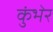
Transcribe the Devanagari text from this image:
कुंभेर